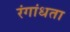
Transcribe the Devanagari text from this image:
रंगांधता